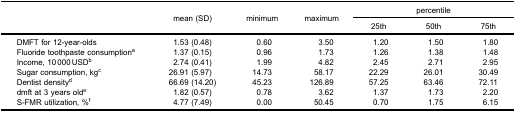
| <ROWSPAN=3>  | <ROWSPAN=3> mean (SD) | <ROWSPAN=3> minimum | <ROWSPAN=3> maximum | <COLSPAN=3> percentile |
 | 25th | 50th | 75th |
 | --- | --- | --- | --- | --- | --- | --- |
 | DMFT for 12-year-olds | 1.53 (0.48) | 0.60 | 3.50 | 1.20 | 1.50 | 1.80 |
 | Fluoride toothpaste consumptiona | 1.37 (0.15) | 0.96 | 1.73 | 1.26 | 1.38 | 1.48 |
 | Income, 10 000 USDb | 2.74 (0.41) | 1.99 | 4.82 | 2.45 | 2.71 | 2.95 |
 | Sugar consumption, kgc | 26.91 (5.97) | 14.73 | 58.17 | 22.29 | 26.01 | 30.49 |
 | Dentist densityd | 66.69 (14.20) | 45.23 | 126.89 | 57.25 | 63.46 | 72.11 |
 | dmft at 3 years olde | 1.82 (0.57) | 0.78 | 3.62 | 1.37 | 1.73 | 2.20 |
 | S-FMR utilization, %f | 4.77 (7.49) | 0.00 | 50.45 | 0.70 | 1.75 | 6.15 |